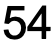
54